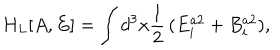
H _ { L } [ A , E ] = \int d ^ { 3 } x \frac { 1 } { 2 } \, ( E _ { i } ^ { a 2 } + B _ { i } ^ { a 2 } ) ,